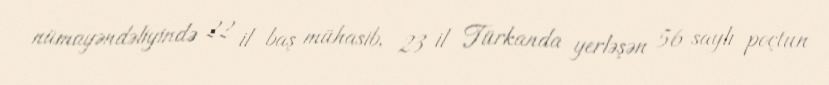
nümayəndəliyində 22 il baş mühasib, 23 il Türkanda yerləşən 56 saylı poçtun